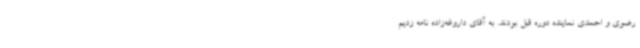
رضوی و احمدی نماینده دوره قبل بودند. به آقای داروغه‌زاده نامه زدیم